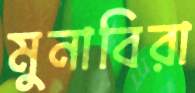
মুনাবিরা